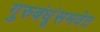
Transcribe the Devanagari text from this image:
गुरुबंधूंसमवेत